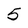
Character: 5